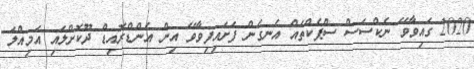
2020 ގައިވާވޭ ނެކްސަސް ސްޕެކްތައް އެނގެން ފަށައިފިވާވޭ އިން އެންޑްރޮއިޑް ދޫކޮށްލައި އަމިއްލަ